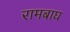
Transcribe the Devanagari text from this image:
रामबाघ